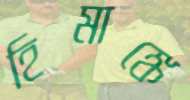
হিমাঙ্কে